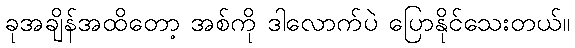
ခုအချိန်အထိတော့ အစ်ကို ဒါလောက်ပဲ ပြောနိုင်သေးတယ်။